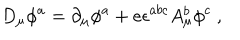
LaTeX: D _ { \mu } \phi ^ { a } = \partial _ { \mu } \phi ^ { a } + e \epsilon ^ { a b c } A _ { \mu } ^ { b } \phi ^ { c } \ ,